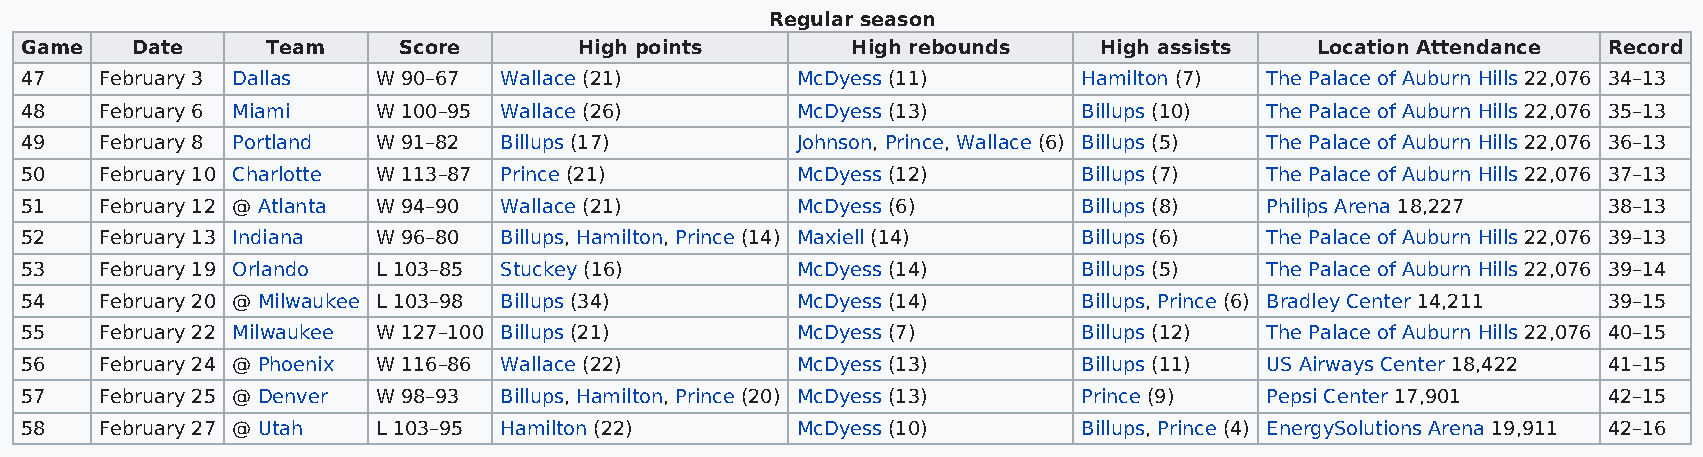
Regular season
 Game    Date     Team    Score       High points       High rebounds    High assists  Location Attendance Record
 47    February 3 Dallas W 90–67 Wallace (21)        McDyess (11)       Hamilton (7) The Palace of Auburn Hills 22,076 34–13
 48    February 6 Miami  W 100–95 Wallace (26)       McDyess (13)       Billups (10) The Palace of Auburn Hills 22,076 35–13
 49    February 8 Portland W 91–82 Billups (17)      Johnson, Prince, Wallace (6) Billups (5) The Palace of Auburn Hills 22,076 36–13
 50    February 10 Charlotte W 113–87 Prince (21)    McDyess (12)       Billups (7) The Palace of Auburn Hills 22,076 37–13
 51    February 12 @ Atlanta W 94–90 Wallace (21)    McDyess (6)        Billups (8) Philips Arena 18,227  38–13
 52    February 13 Indiana W 96–80 Billups, Hamilton, Prince (14) Maxiell (14) Billups (6) The Palace of Auburn Hills 22,076 39–13
 53    February 19 Orlando L 103–85 Stuckey (16)     McDyess (14)       Billups (5) The Palace of Auburn Hills 22,076 39–14
 54    February 20 @ Milwaukee L 103–98 Billups (34) McDyess (14)       Billups, Prince (6) Bradley Center 14,211 39–15
 55    February 22 Milwaukee W 127–100 Billups (21)  McDyess (7)        Billups (12) The Palace of Auburn Hills 22,076 40–15
 56    February 24 @ Phoenix W 116–86 Wallace (22)   McDyess (13)       Billups (11) US Airways Center 18,422 41–15
 57    February 25 @ Denver W 98–93 Billups, Hamilton, Prince (20) McDyess (13) Prince (9) Pepsi Center 17,901 42–15
 58    February 27 @ Utah L 103–95 Hamilton (22)     McDyess (10)       Billups, Prince (4) EnergySolutions Arena 19,911 42–16